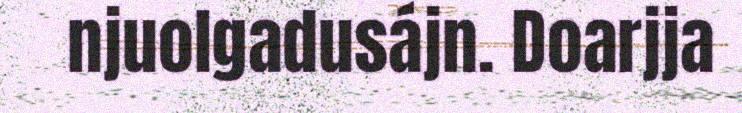
njuolgadusájn. Doarjja